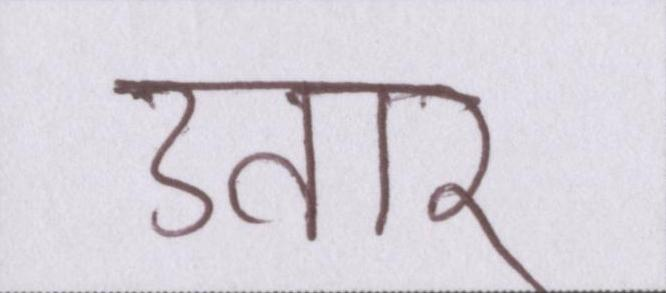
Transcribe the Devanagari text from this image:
उत्तार